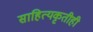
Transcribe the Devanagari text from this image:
साहित्यकृतीही